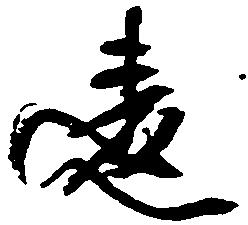
違